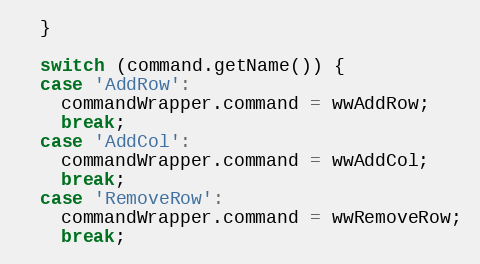
Language: JavaScript
  }

  switch (command.getName()) {
  case 'AddRow':
    commandWrapper.command = wwAddRow;
    break;
  case 'AddCol':
    commandWrapper.command = wwAddCol;
    break;
  case 'RemoveRow':
    commandWrapper.command = wwRemoveRow;
    break;